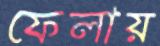
ফেলায়